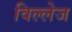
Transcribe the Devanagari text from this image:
विल्लेज